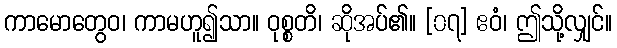
ကာမောတွေဝ၊ ကာမဟူ၍သာ။ ဝုစ္စတိ၊ ဆိုအပ်၏။ [၀၇] ဧဝံ၊ ဤသို့လျှင်။